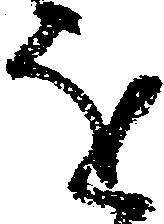
を